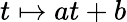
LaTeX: t\mapsto at+b